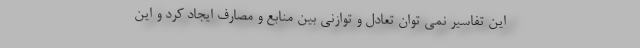
این تفاسیر نمی توان تعادل و توازنی بین منابع و مصارف ایجاد کرد و این